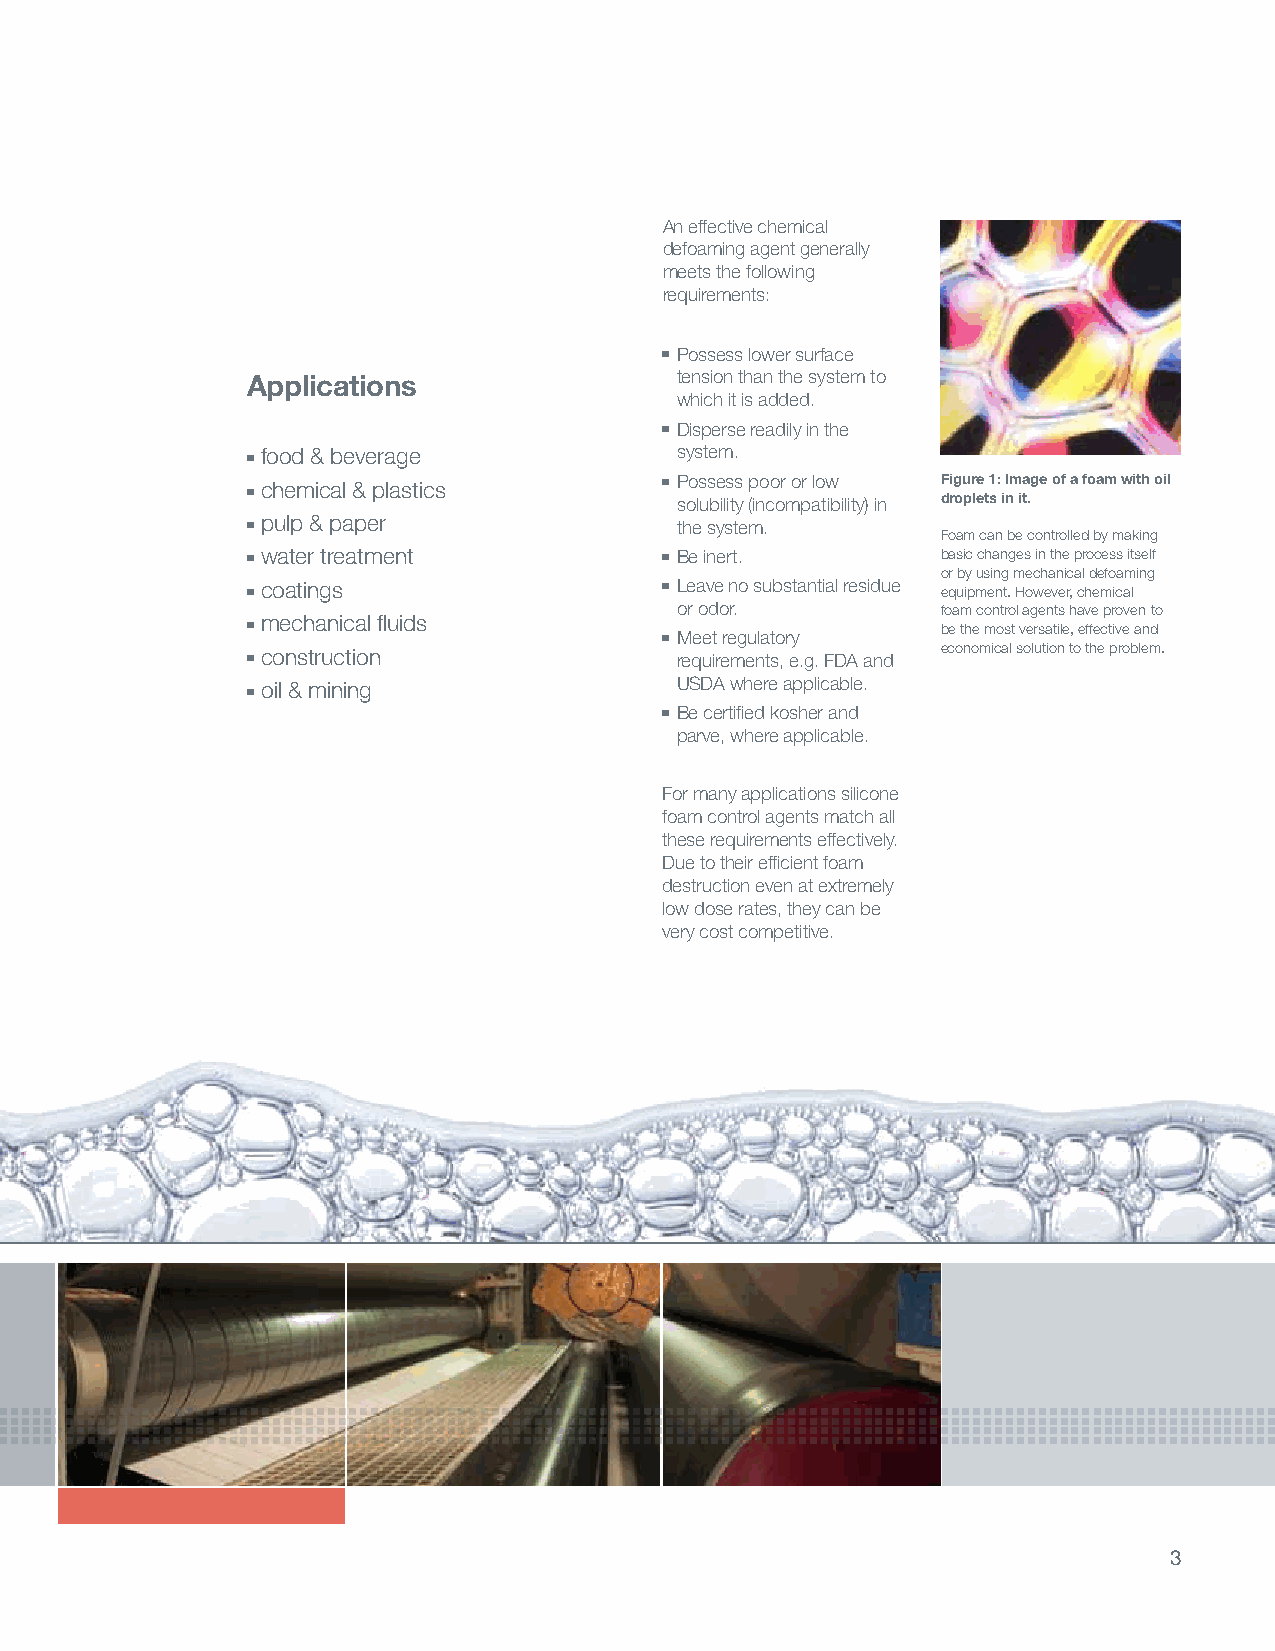
An effective chemical
 defoaming agent generally
 meets the following
 requirements:
 ■■Possess lower surface
 Applications                 tension than the system to
 which it is added.
 ■■Disperse readily in the
 food & beverage             system.
 ■■
 chemical & plastics
 ■■Possess poor or low Figure 1: Image of a foam with oil
 ■■                           solubility (incompatibility) in droplets in it.
 ■■pulp & paper               the system.
 Foam can be controlled by making
 ■■water treatment           ■■Be inert.       basic changes in the process itself
 or by using mechanical defoaming
 ■■coatings                  ■■Leave no substantial residue equipment. However, chemical
 or odor.         foam control agents have proven to
 mechanical fluids
 ■■                                            be the most versatile, effective and
 ■■Meet regulatory
 ■■construction               requirements, e.g. FDA and economical solution to the problem.
 oil & mining                USDA where applicable.
 ■■
 ■■Be certified kosher and
 parve, where applicable.
 For many applications silicone
 foam control agents match all
 these requirements effectively.
 Due to their efficient foam
 destruction even at extremely
 low dose rates, they can be
 very cost competitive.
 3